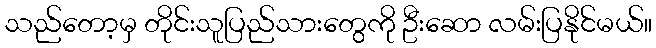
သည်တော့မှ တိုင်းသူပြည်သားတွေကို ဦးဆော လမ်းပြနိုင်မယ်။